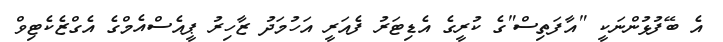
އެ ބޭފުޅުންނަކީ "އާފަތިސް"ގެ ކުރީގެ އެޑިޓަރު ފެއަރީ އަހުމަދު ޒާހިރު ޕީއެސްއެމްގެ އެގްޒެކެޓިވް